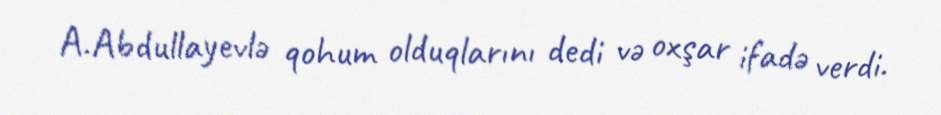
A.Abdullayevlə qohum olduqlarını dedi və oxşar ifadə verdi.